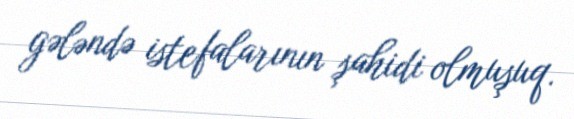
gələndə istefalarının şahidi olmuşuq.